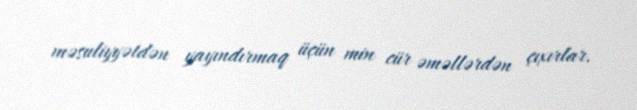
məsuliyyətdən yayındırmaq üçün min cür əməllərdən çıxırlar.